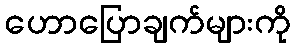
ဟောပြောချက်များကို